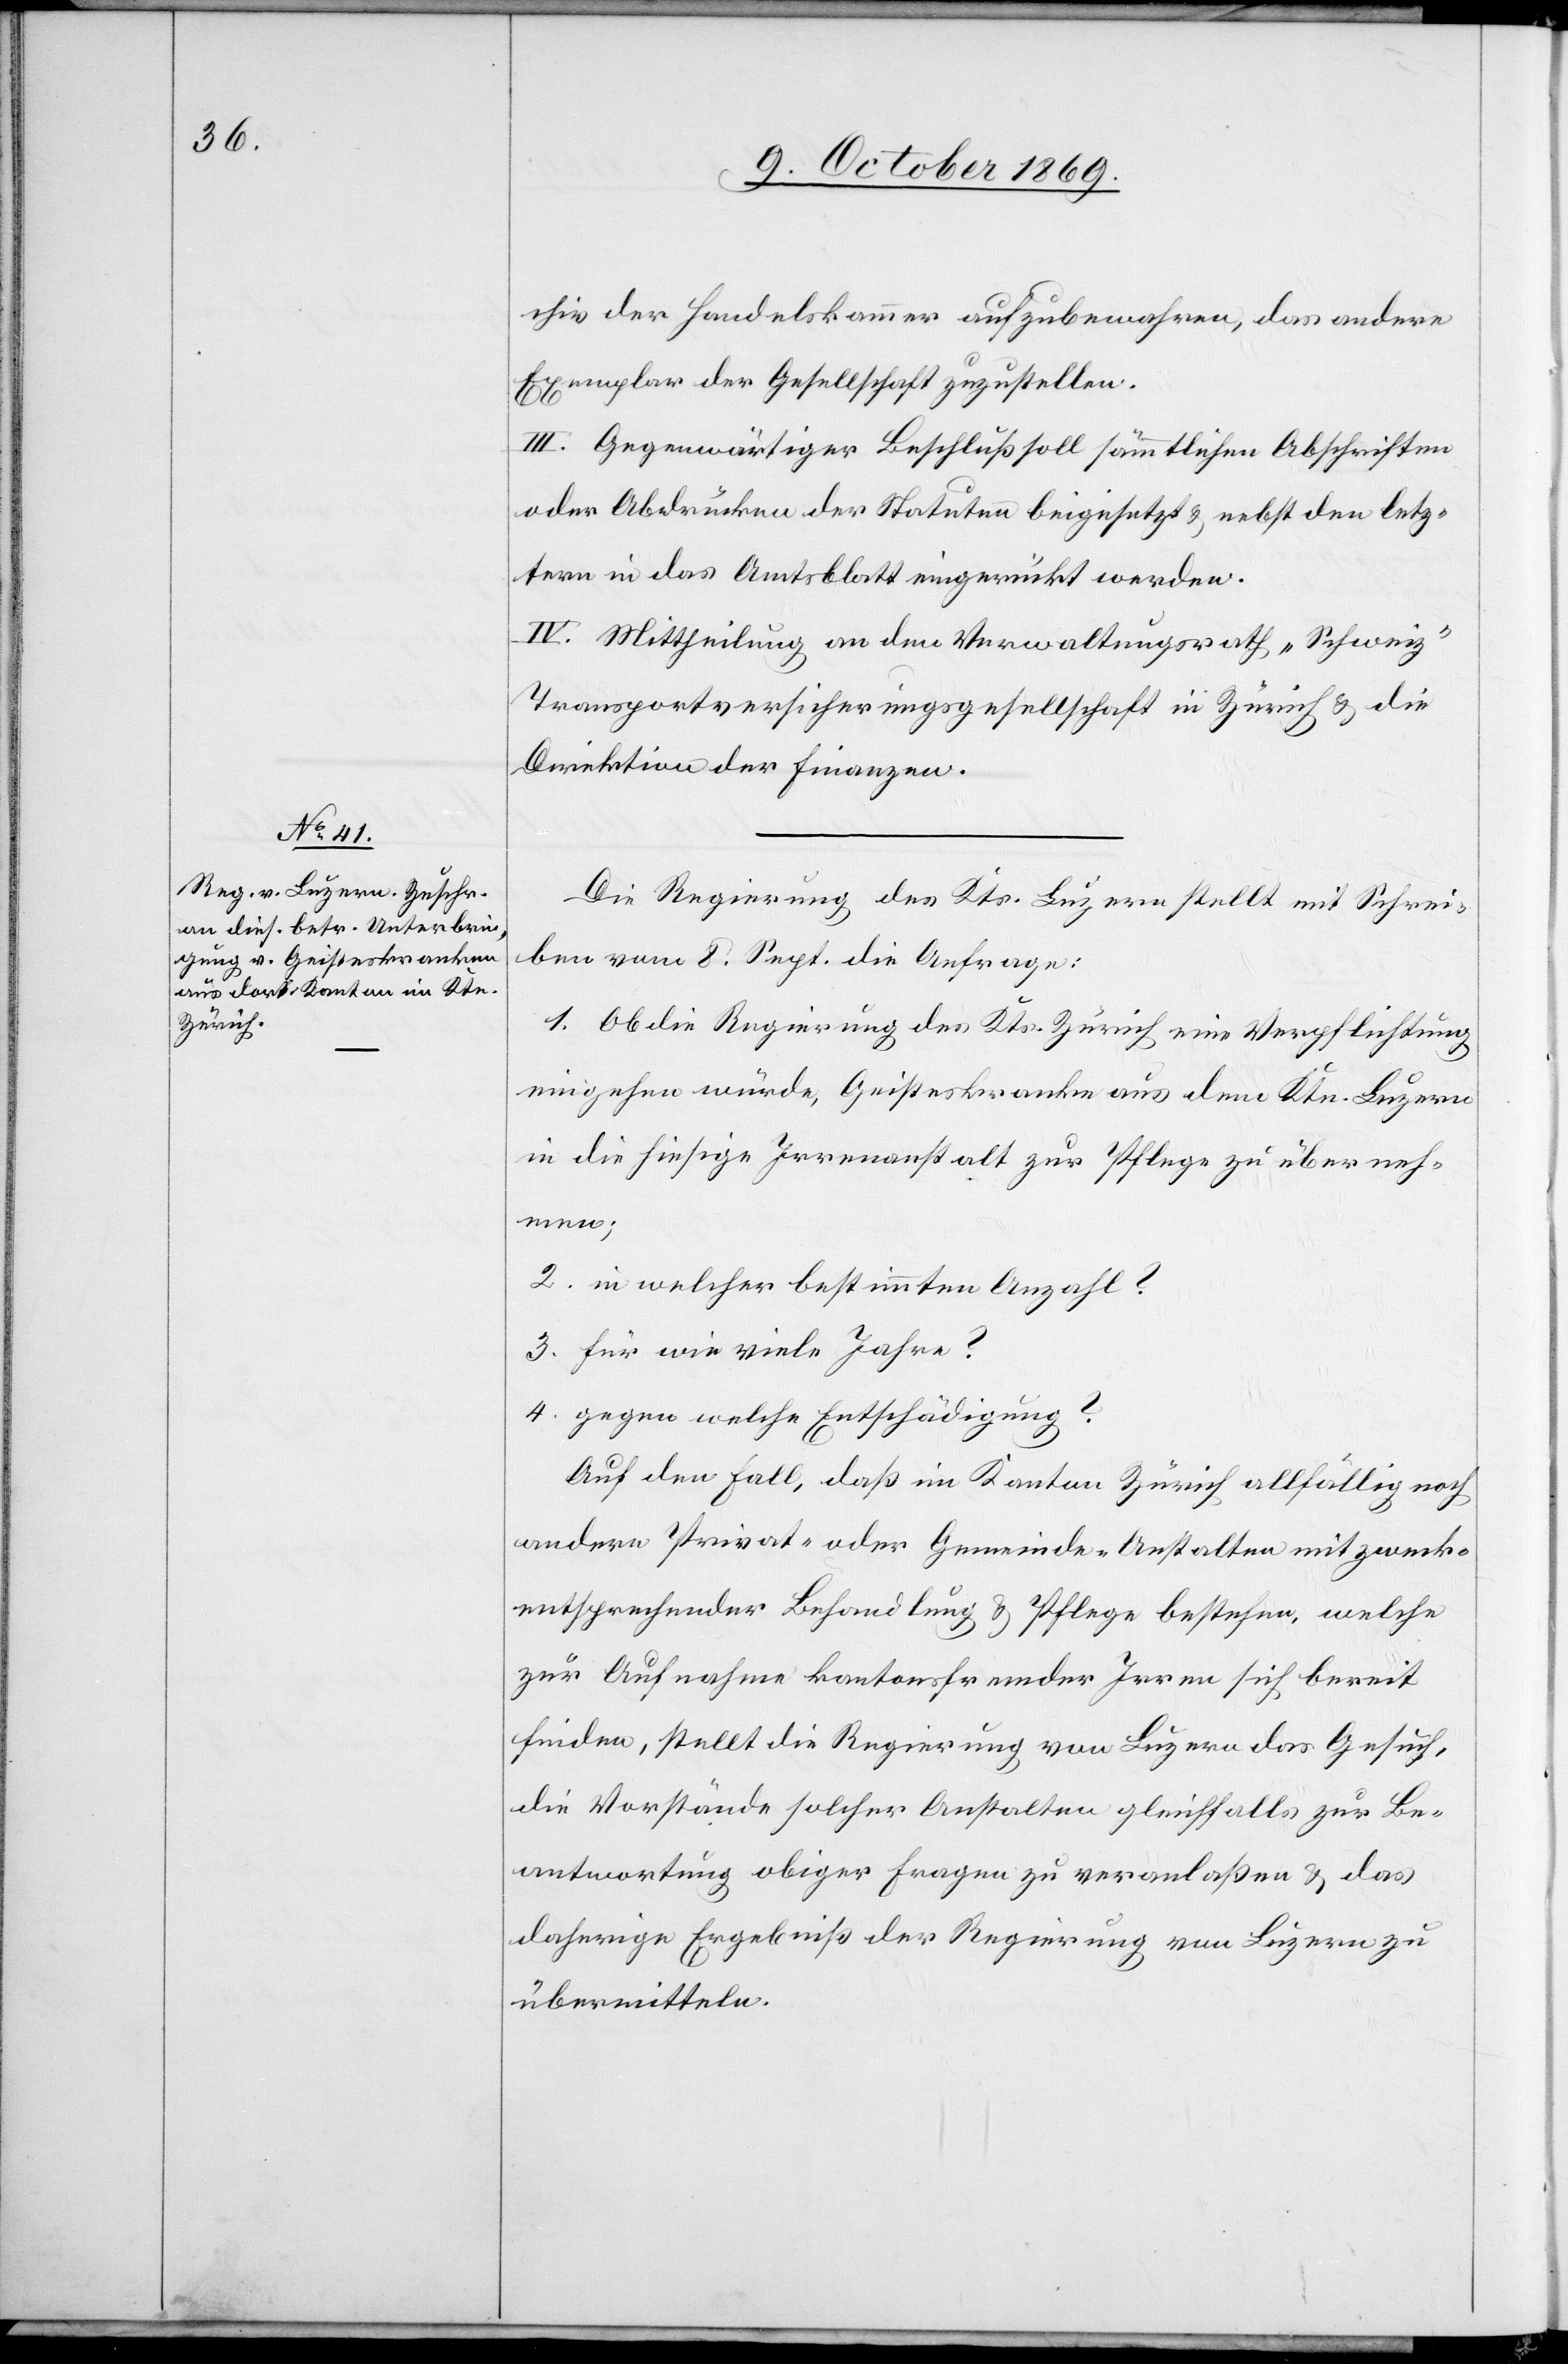
chiv der Handelskammer aufzubewahren, das andere
Exemplar der Gesellschaft zuzustellen.
III. Gegenwärtiger Beschluß soll sämmtlichen Abschriften
oder Abdrücken der Statuten beigesetzt & nebst den letz¬
tern in das Amtsblatt eingerückt werden.
IV. Mittheilung an den Verwaltungsrath „Schweiz“
Transportversicherungsgesellschaft in Zürich & die
Direktion der Finanzen.
Die Regierung des Kts. Luzern stellt mit Schrei¬
ben vom 8. Sept. die Anfrage:
Ob die Regierung des Kts. Zürich eine Verpflichtung
eingehen würde, Geisteskranke aus dem Ktn. Luzern
in die hiesige Irrenanstalt zur Pflege zu überneh¬
men;
in welcher bestimmten Anzahl?
für wie viele Jahre?
gegen welche Entschädigung?
Auf den Fall, daß im Kanton Zürich allfällig noch
andere Privat- oder Gemeinde-Anstalten mit zweck¬
entsprechender Behandlung & Pflege bestehen, welche
zur Aufnahme kantonsfremder Irren sich bereit
finden, stellt die Regierung von Luzern das Gesuch,
die Vorstände solcher Anstalten gleichfalls zur Be¬
antwortung obiger Fragen zu veranlaßen & das
daherige Ergebniß der Regierung von Luzern zu
übermitteln.